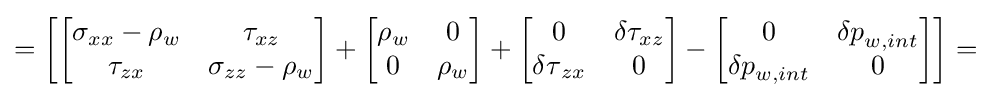
=\left[\left[{\begin{matrix}\sigma _{xx}-\rho _{w}&\tau _{xz}\\\tau _{zx}&\sigma _{zz}-\rho _{w}\\\end{matrix}}\right]+\left[{\begin{matrix}\rho _{w}&0\\0&\rho _{w}\\\end{matrix}}\right]+\left[{\begin{matrix}0&\delta \tau _{xz}\\{\delta \tau }_{zx}&0\\\end{matrix}}\right]-\left[{\begin{matrix}0&{\delta p}_{w,int}\\{\delta p}_{w,int}&0\\\end{matrix}}\right]\right]=